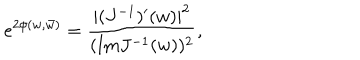
LaTeX: e ^ { 2 \phi ( w , \bar { w } ) } = { \frac { | ( J ^ { - 1 } ) ^ { \prime } ( w ) | ^ { 2 } } { ( \mathrm { I m } J ^ { - 1 } ( w ) ) ^ { 2 } } } ,